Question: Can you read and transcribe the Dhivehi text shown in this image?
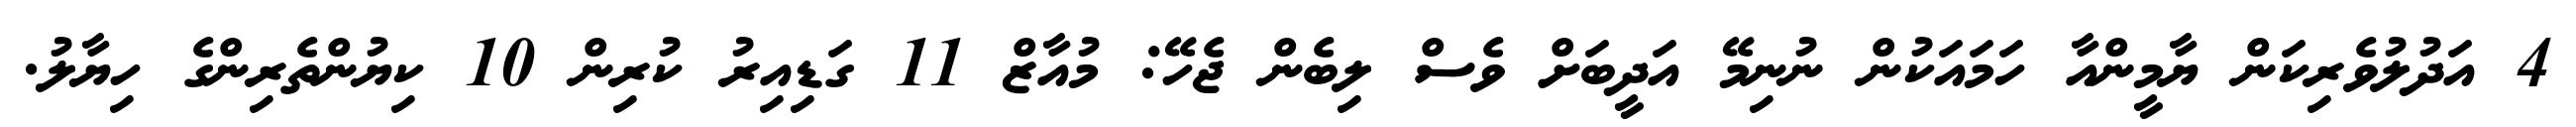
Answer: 4 އަދުލުވެރިކަން ޔާމީންއާ ހަމައަކުން ނުނިމޭ އަދީބަށް ވެސް ލިބެން ޖެހޭ: މުއާޒް 11 ގަޑިއިރު ކުރިން 10 ކިޔުންތެރިންގެ ހިޔާލު.